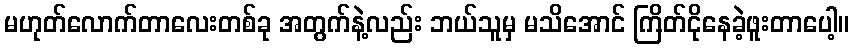
မဟုတ်လောက်တာလေးတစ်ခု အတွက်နဲ့လည်း ဘယ်သူမှ မသိအောင် ကြိတ်ငိုနေခဲ့ဖူးတာပေါ့။